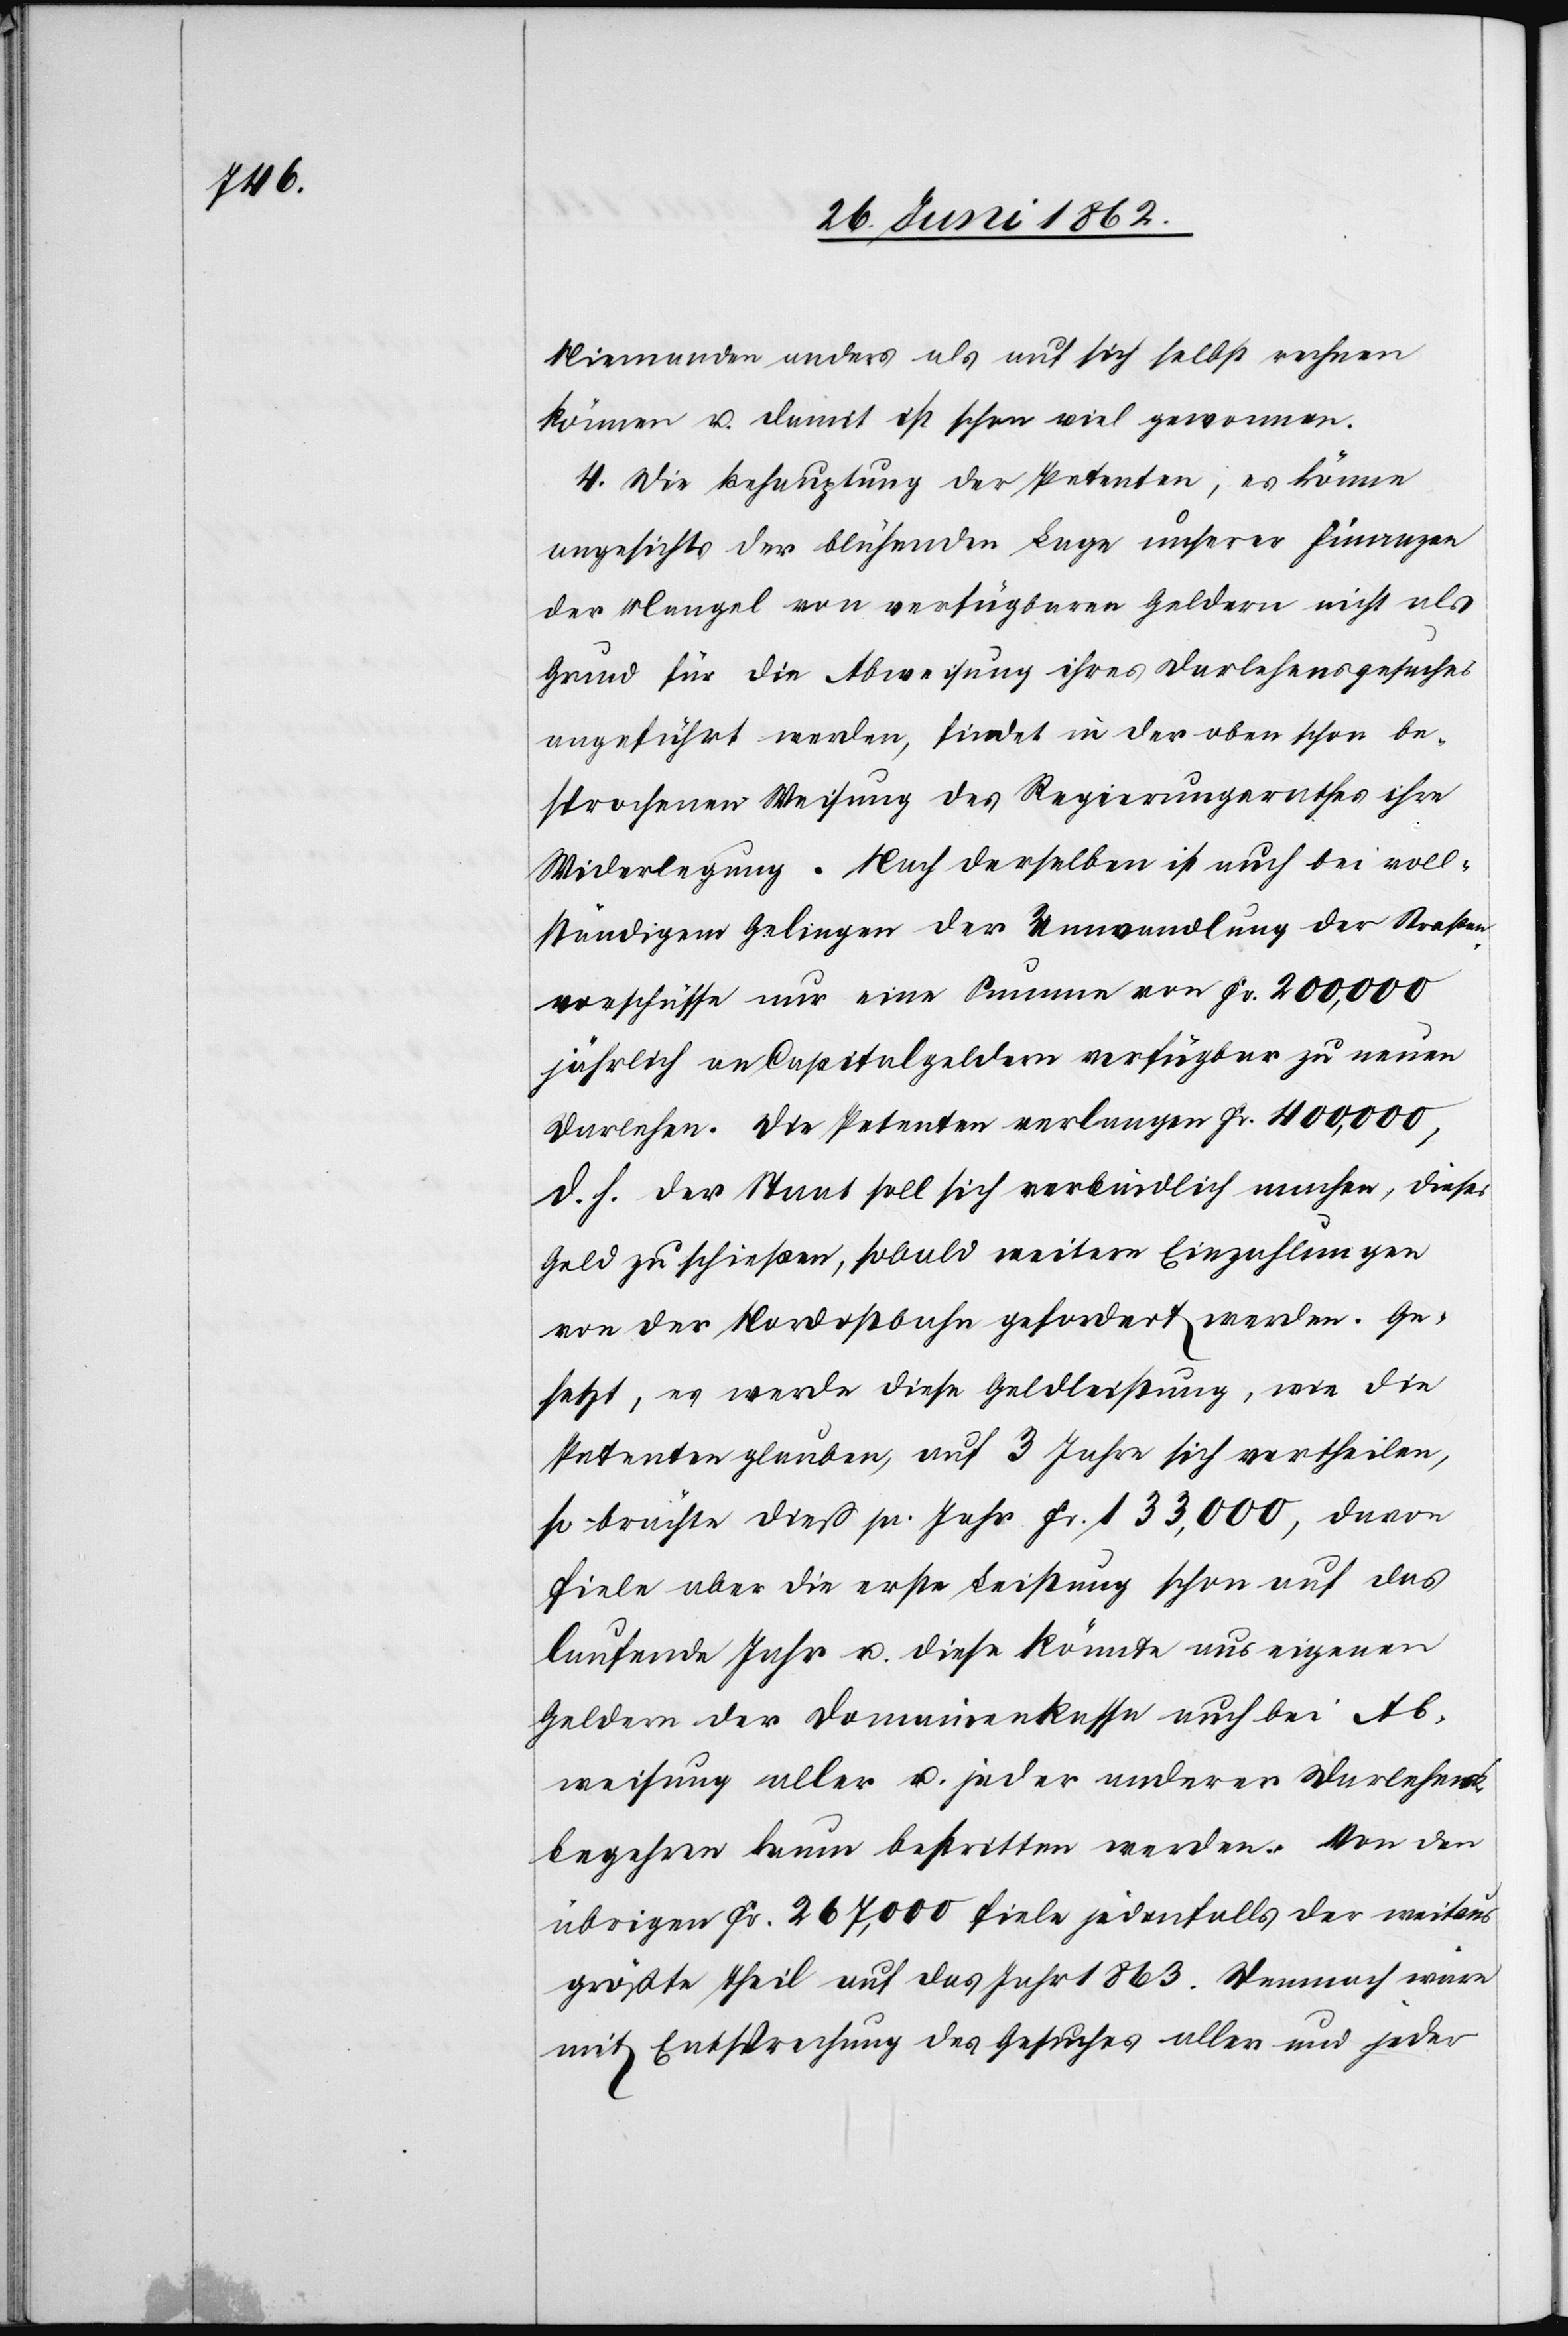
Niemanden anders als auf sich selbst rechnen
können u. damit ist schon viel gewonnen.
4. Die Behauptung der Petenten, es könne
angesichts der blühenden Lage unserer Finanzen
der Mangel von verfügbaren Geldern nicht als
Grund für die Abweisung ihres Darlehensgesuches
angeführt werden, findet in der oben schon be¬
sprochenen Weisung des Regierungsrathes ihre
Widerlegung. Nach derselben ist auch bei voll¬
ständigem Gelingen der Umwandlung der Straßen¬
vorschüsse nur eine Summe von Fr. 200,000
jährlich an Capitalgeldern verfügbar zu neuen
Darlehen. Die Petenten verlangen Fr. 400,000,
d. h. der Staat soll sich verbindlich machen, dieses
Geld zu schießen, sobald weitere Einzahlungen
von der Nordostbahn gefordert werden. Ge¬
setzt, es werde diese Geldleistung, wie die
Petenten glauben, auf 3 Jahre sich vertheilen,
so brächte dieß pr. Jahr Fr. 133,000, davon
fiele aber die erste Leistung schon auf das
laufende Jahr u. diese könnte aus eigenen
Geldern der Domainenkasse auch bei Ab¬
weisung aller u. jeder anderer Darlehens¬
begehren kaum bestritten werden. Von den
übrigen Fr. 267,000 fiele jedenfalls der weitaus
größte Theil auf das Jahr 1863. Demnach wäre
mit Entsprechung des Gesuches allen und jeder